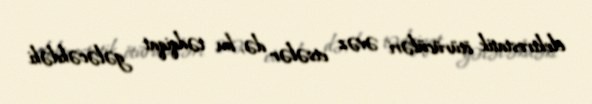
elektrostatik ötürücüləri əvəz etsələr də, bu tədqiqat gələcəkdəki